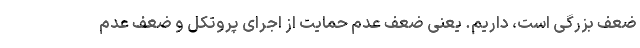
ضعف بزرگی است، داریم. یعنی ضعف عدم حمایت از اجرای پروتکل و ضعف عدم